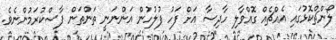
ލޯންޗްކޮޅުގައި އެއްޗެއް ގޮއްވާލި ހާދިސާ އަށް ފަހު ފުލުހުން އަންނަނީ ތަންތަން ފާސްކުރަމުންނެވެ.